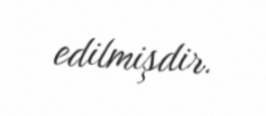
edilmişdir.